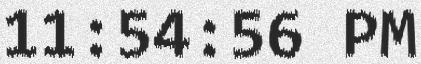
11:54:56 PM